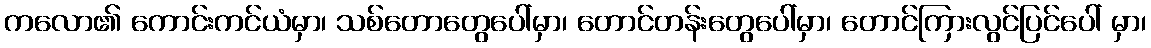
ကလော၏ ကောင်းကင်ယံမှာ၊ သစ်တောတွေပေါ်မှာ၊ တောင်တန်းတွေပေါ်မှာ၊ တောင်ကြားလွင်ပြင်ပေါ် မှာ၊